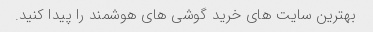
بهترین سایت های خرید گوشی های هوشمند را پیدا کنید.